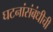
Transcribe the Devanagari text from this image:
घटनांसंबंधीची